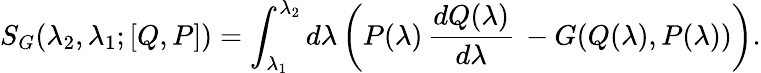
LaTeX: S_{G}(\lambda_{2},\lambda_{1};[Q,P])=\int_{\lambda_{1}}^{\lambda_{2}}d\lambda\left(P(\lambda)\, {\frac{dQ(\lambda)}{d\lambda}}\, -G(Q(\lambda),P(\lambda))\right).